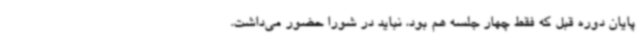
پایان دوره قبل که فقط چهار جلسه هم بود، نباید در شورا حضور می‌داشت.